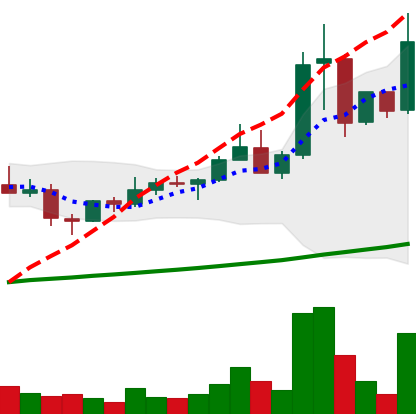
Ticker: XLM-USD
Chart end date: 2021-04-10
Forward return: 14.099%
Label: up_7plus